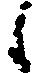
々